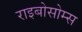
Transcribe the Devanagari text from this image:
राइबोसोम्स